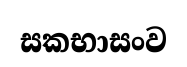
සකභාසංව